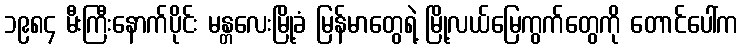
၁၉၈၄ မီးကြီးနောက်ပိုင်း မန္တလေးမြို့ခံ မြန်မာတွေရဲ့ မြို့လယ်မြေကွက်တွေကို တောင်ပေါ်က